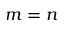
m = n